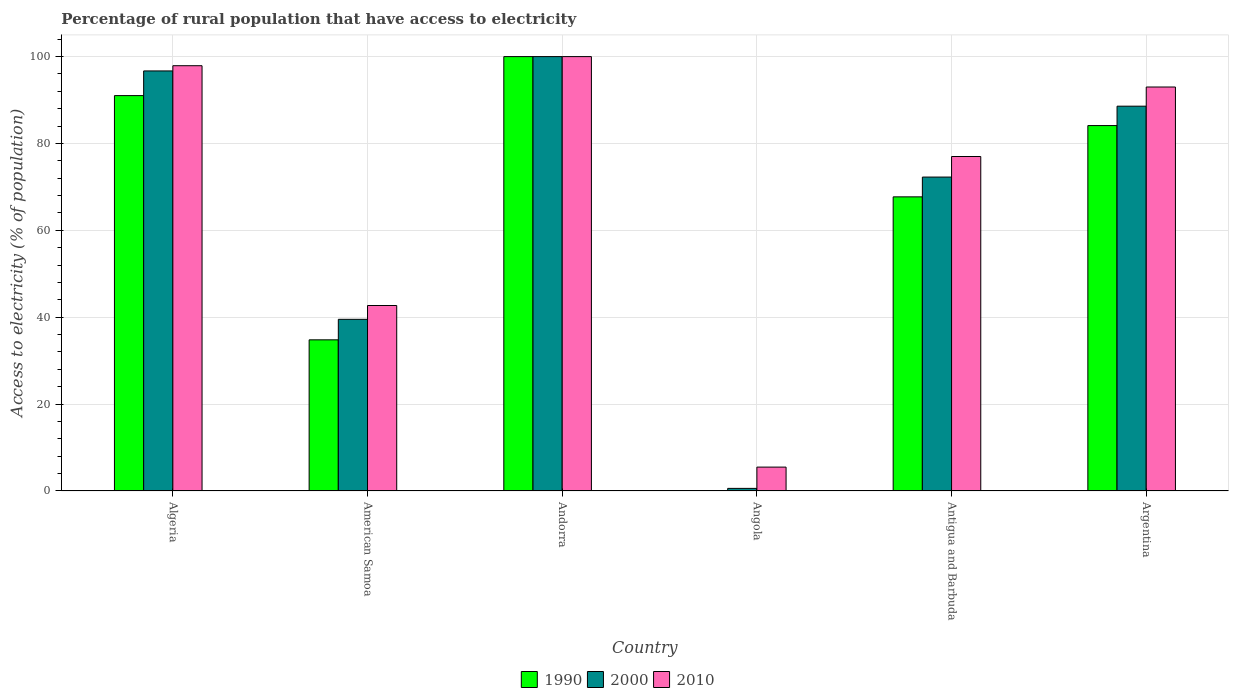
| Country | 1990 | 2000 | 2010 |
 | --- | --- | --- | --- |
 | Algeria | 91 | 96.7 | 97.9 |
 | American Samoa | 34.8 | 39.5 | 42.7 |
 | Andorra | 100 | 100 | 100 |
 | Angola | 0.1 | 0.6 | 5.5 |
 | Antigua and Barbuda | 67.7 | 72.3 | 77 |
 | Argentina | 84.1 | 88.6 | 93 |